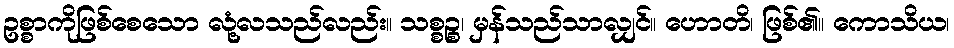
ဥစ္စာကိုဖြစ်စေသော လုံ့လသည်လည်း။ သစ္စဉ္စ၊ မှန်သည်သာလျှင်။ ဟောတိ၊ ဖြစ်၏။ ကောသိယ၊